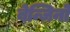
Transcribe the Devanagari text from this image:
बेन्जिनो